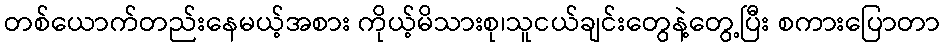
တစ်ယောက်တည်းနေမယ့်အစား ကိုယ့်မိသားစု၊သူငယ်ချင်းတွေနဲ့တွေ့ပြီး စကားပြောတာ